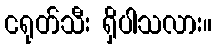
ငရုတ်သီး ရှိပါသလား။